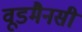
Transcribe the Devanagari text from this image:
वूडमैनसी